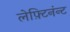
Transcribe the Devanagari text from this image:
लेफ़्टिनंन्ट